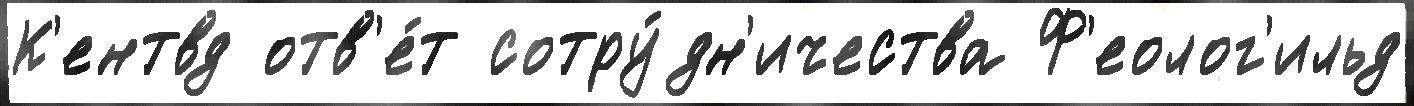
К'ентвд отв'е́т сотру́дн'ичества Ф'еолог'ильд